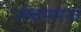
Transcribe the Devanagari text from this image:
लक्स्मना